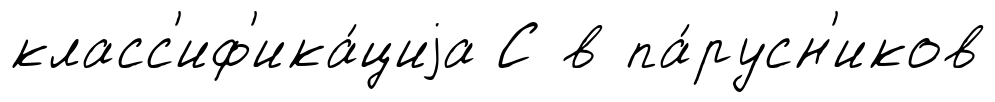
класс'иф'ика́циjа С в па́русн'иков